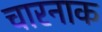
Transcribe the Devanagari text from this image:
चारनाक